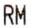
RM